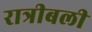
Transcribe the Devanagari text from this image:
रात्रीबली